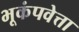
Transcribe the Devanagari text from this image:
भूकंपवेत्ता